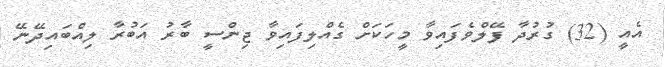
އެއީ (32) ގުރުދާ ފޭލްވެފައިވާ މީހަކަށް ގެއްލިފައިވާ ޖިންސީ ބާރު އަބުރާ ލިއްބައިދޭނޭ